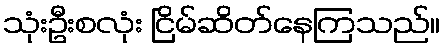
သုံးဦးစလုံး ငြိမ်ဆိတ်နေကြသည်။